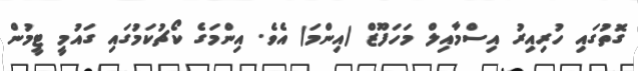
ގޮތުގައި ހުރިއިރު އިސްމާއިލް މަހަފޫޒް (އިންމަ) އެވެ. އިންމަގެ ކޯޗުކަމުގައި ގައުމީ ޓީމުން